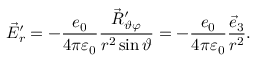
\vec { E } _ { r } ^ { \prime } = - \frac { e _ { 0 } } { 4 \pi \varepsilon _ { 0 } } \frac { \vec { R } _ { \vartheta \varphi } ^ { \prime } } { r ^ { 2 } \sin \vartheta } = - \frac { e _ { 0 } } { 4 \pi \varepsilon _ { 0 } } \frac { \vec { e } _ { 3 } } { r ^ { 2 } } .